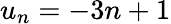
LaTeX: u_{n}=-3n+1